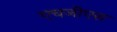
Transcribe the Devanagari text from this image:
एचजीएस